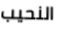
النحيب